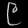
Digit: ၉